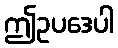
ဤဥပဒေပါ